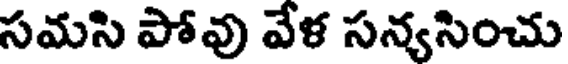
సమసి పోవు వేళ సన్యసించు